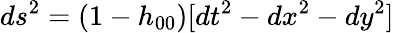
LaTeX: ds^{2}=(1-h_{00})[dt^{2}-dx^{2}-dy^{2}]